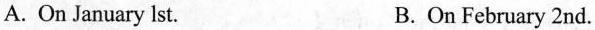
A. On January lst. B. On February 2nd.